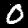
Label: 0